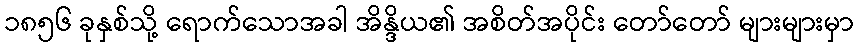
၁၈၅၆ ခုနှစ်သို့ ရောက်သောအခါ အိန္ဒိယ၏ အစိတ်အပိုင်း တော်တော် များများမှာ